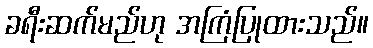
ခရီးဆက်မည်ဟု အကြံပြုထားသည်။